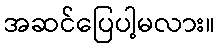
အဆင်ပြေပါ့မလား။